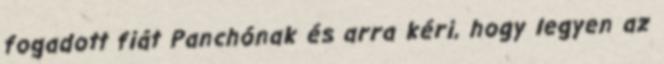
fogadott fiát Panchónak és arra kéri, hogy legyen az